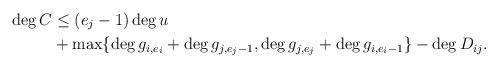
LaTeX: \begin{align*} \deg C & \leq (e_j-1) \deg u \\& + \max \{ \deg g_{i,e_i}+ \deg g_{j,e_j-1}, \deg g_{j,e_j}+\deg g_{i,e_i-1} \} - \deg D_{ij}.\end{align*}